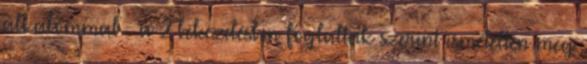
alkalommal – a 2 bekezdésben foglaltak szerint ismételten meg